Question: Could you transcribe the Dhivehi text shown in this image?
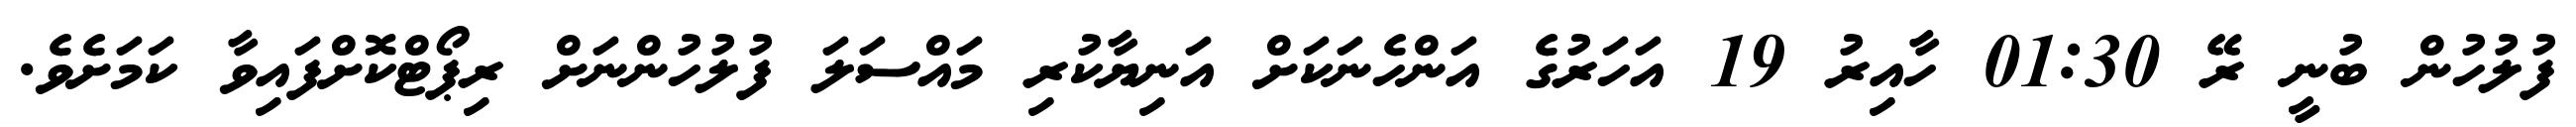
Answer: ފުލުހުން ބުނީ ރޭ 01:30 ހާއިރު 19 އަހަރުގެ އަންހެނަކަށް އަނިޔާކުރި މައްސަލަ ފުލުހުންނަށް ރިޕޯޓްކޮށްފައިވާ ކަމަށެވެ.